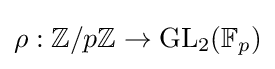
\rho :\mathbb {Z} /p\mathbb {Z} \to \mathrm {GL} _{2}(\mathbb {F} _{p})